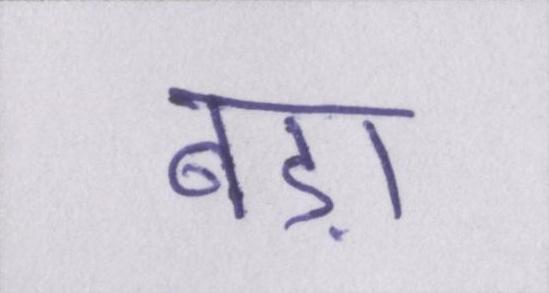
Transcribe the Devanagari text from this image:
बड़ा